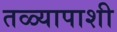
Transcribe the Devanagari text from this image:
तळ्यापाशी